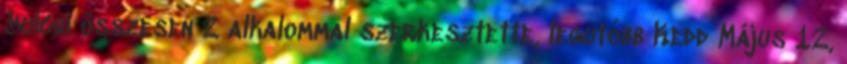
Yuichi összesen 2 alkalommal szerkesztette, legutóbb Kedd Május 12,